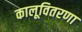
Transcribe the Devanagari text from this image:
कालूवितरणा